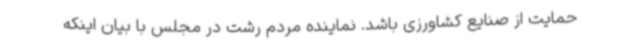
حمایت از صنایع کشاورزی باشد. نماینده مردم رشت در مجلس با بیان اینکه